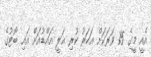
އެއީ މީގެ 15 ވަރަކަށް އަހަރު ކުރި އަލީ އައްޑުއަށް އައި ބޯޓުގެ